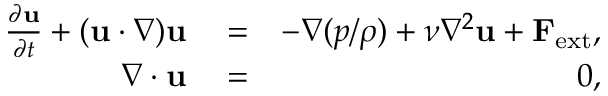
\begin{array} { r l r } { \frac { \partial { \bf u } } { \partial t } + ( { \bf u } \cdot \nabla ) { \bf u } } & { { } = } & { - \nabla ( { p } / { \rho } ) + \nu \nabla ^ { 2 } { \bf u } + { \bf F } _ { \mathrm { e x t } } , } \\ { \nabla \cdot { \bf u } } & { { } = } & { 0 , } \end{array}